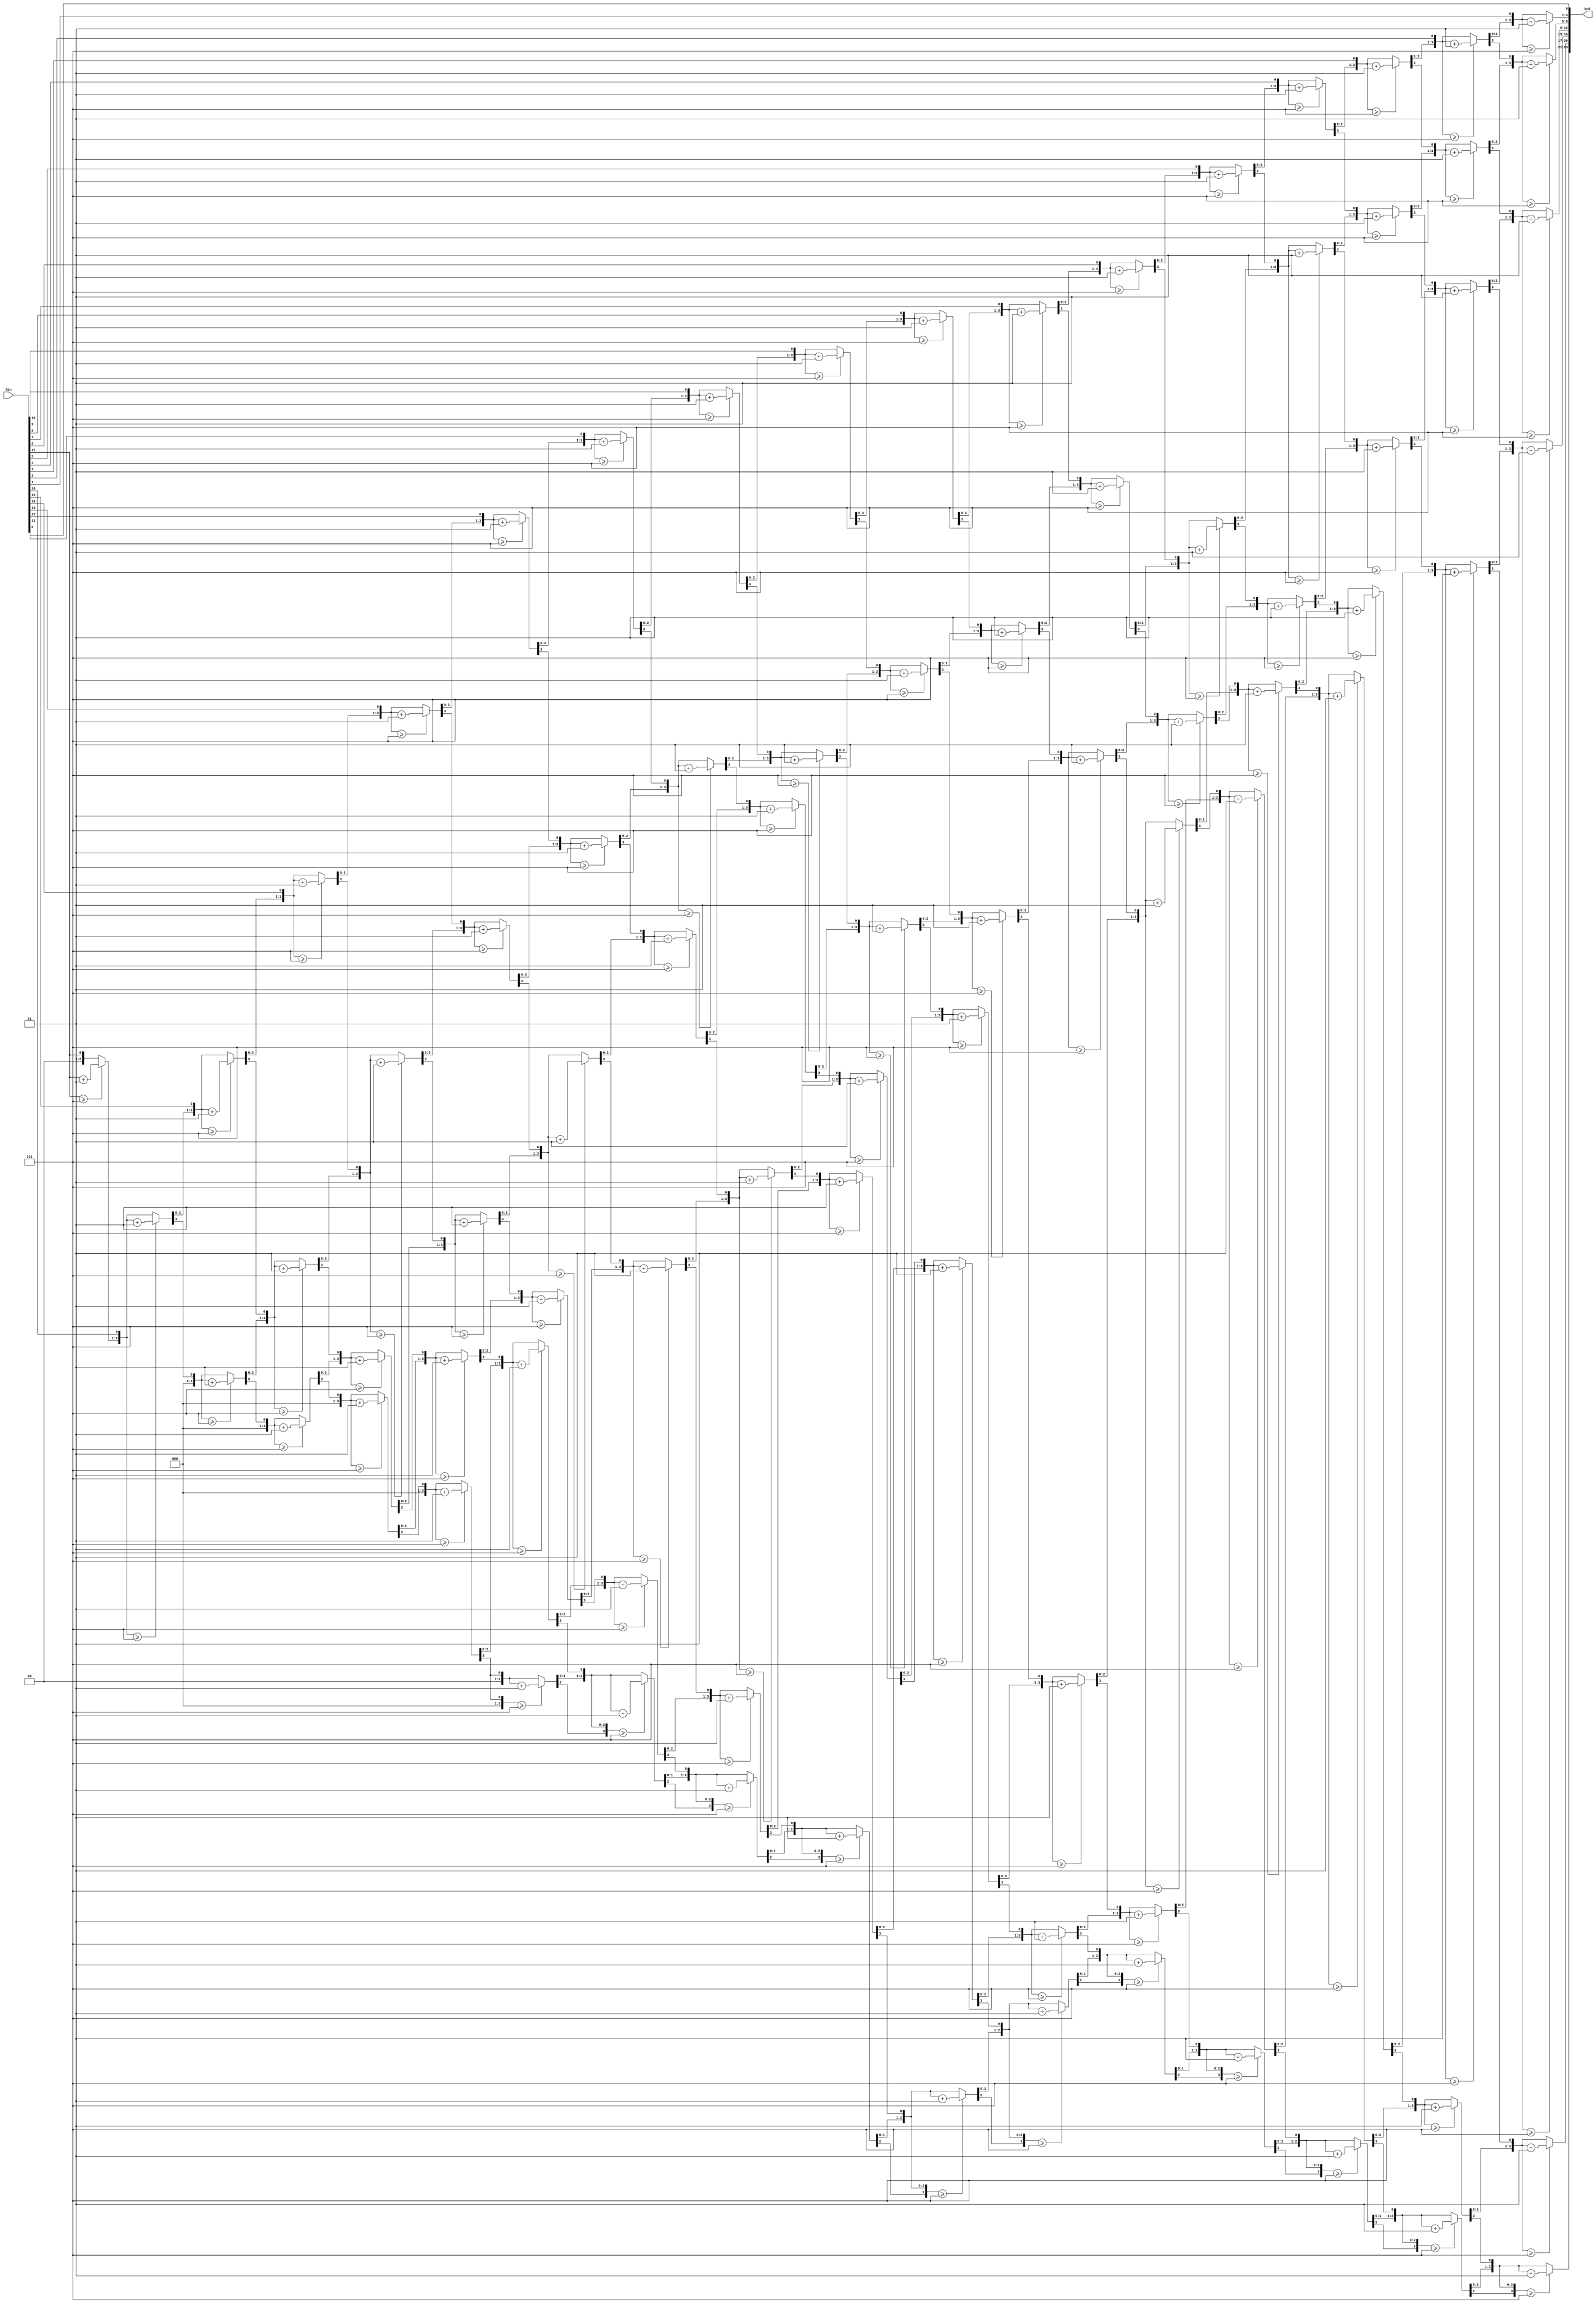
module bin2bcd(
	input [17:0] bin,  // binary
   output reg [23:0] bcd
	); // bcd {...,thousands,hundreds,tens,ones}

  integer j;

	always @(bin) begin
		bcd = 0;
		for(j = 0; j <=17; j = j+1) begin
			if(bcd[3:0] >= 5) bcd[3:0] = bcd[3:0] + 3;
			if(bcd[7:4] >= 5) bcd[7:4] = bcd[7:4] + 3;
			if(bcd[11:8] >= 5) bcd[11:8] = bcd[11:8] + 3;
			if(bcd[15:12] >= 5) bcd[15:12] = bcd[15:12] + 3;
			if(bcd[19:16] >= 5) bcd[19:16] = bcd[19:16] + 3;
			if(bcd[23:20] >= 5) bcd[23:20] = bcd[23:20] + 3;
			bcd = {bcd[22:0], bin[17-j]};
		end
	end
endmodule